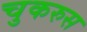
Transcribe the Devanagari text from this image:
चुकरुस